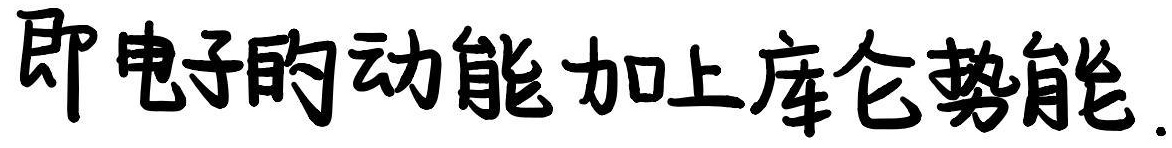
即电子的动能加上库仑势能.